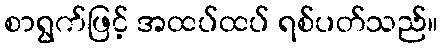
စာရွက်ဖြင့် အထပ်ထပ် ရစ်ပတ်သည်။